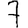
Digit: 7